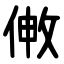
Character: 敒